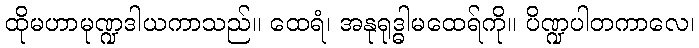
ထိုမဟာမုဏ္ဍဒါယကာသည်။ ထေရံ၊ အနုရုဒ္ဓါမထေရ်ကို။ ပိဏ္ဍပါတကာလေ၊